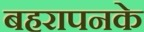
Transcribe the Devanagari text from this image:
बहरापनके